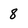
Character: 8